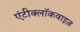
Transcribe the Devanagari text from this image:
एंटीक्लॉकवाइज़